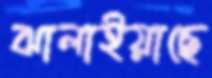
ঝালাইয়াছে